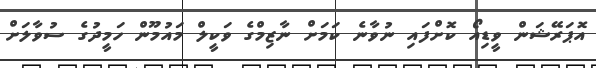
އޮޕަރޭޝަން ވީޑިއޯ ކޮށްފައި ނުވާނެ ކަމަށް ނާޒިމްގެ ވަކީލް މައުމޫން ހަމީދުގެ ސުވާލަށް